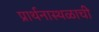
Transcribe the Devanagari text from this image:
प्रार्थनास्थळाची